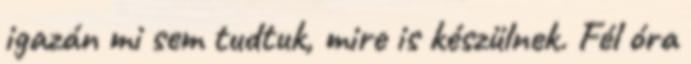
igazán mi sem tudtuk, mire is készülnek. Fél óra